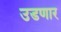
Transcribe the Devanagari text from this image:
उडणार